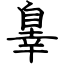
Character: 辠